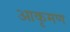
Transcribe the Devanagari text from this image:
आकृमण